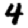
Digit: 4